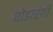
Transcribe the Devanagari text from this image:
घोडारंगी